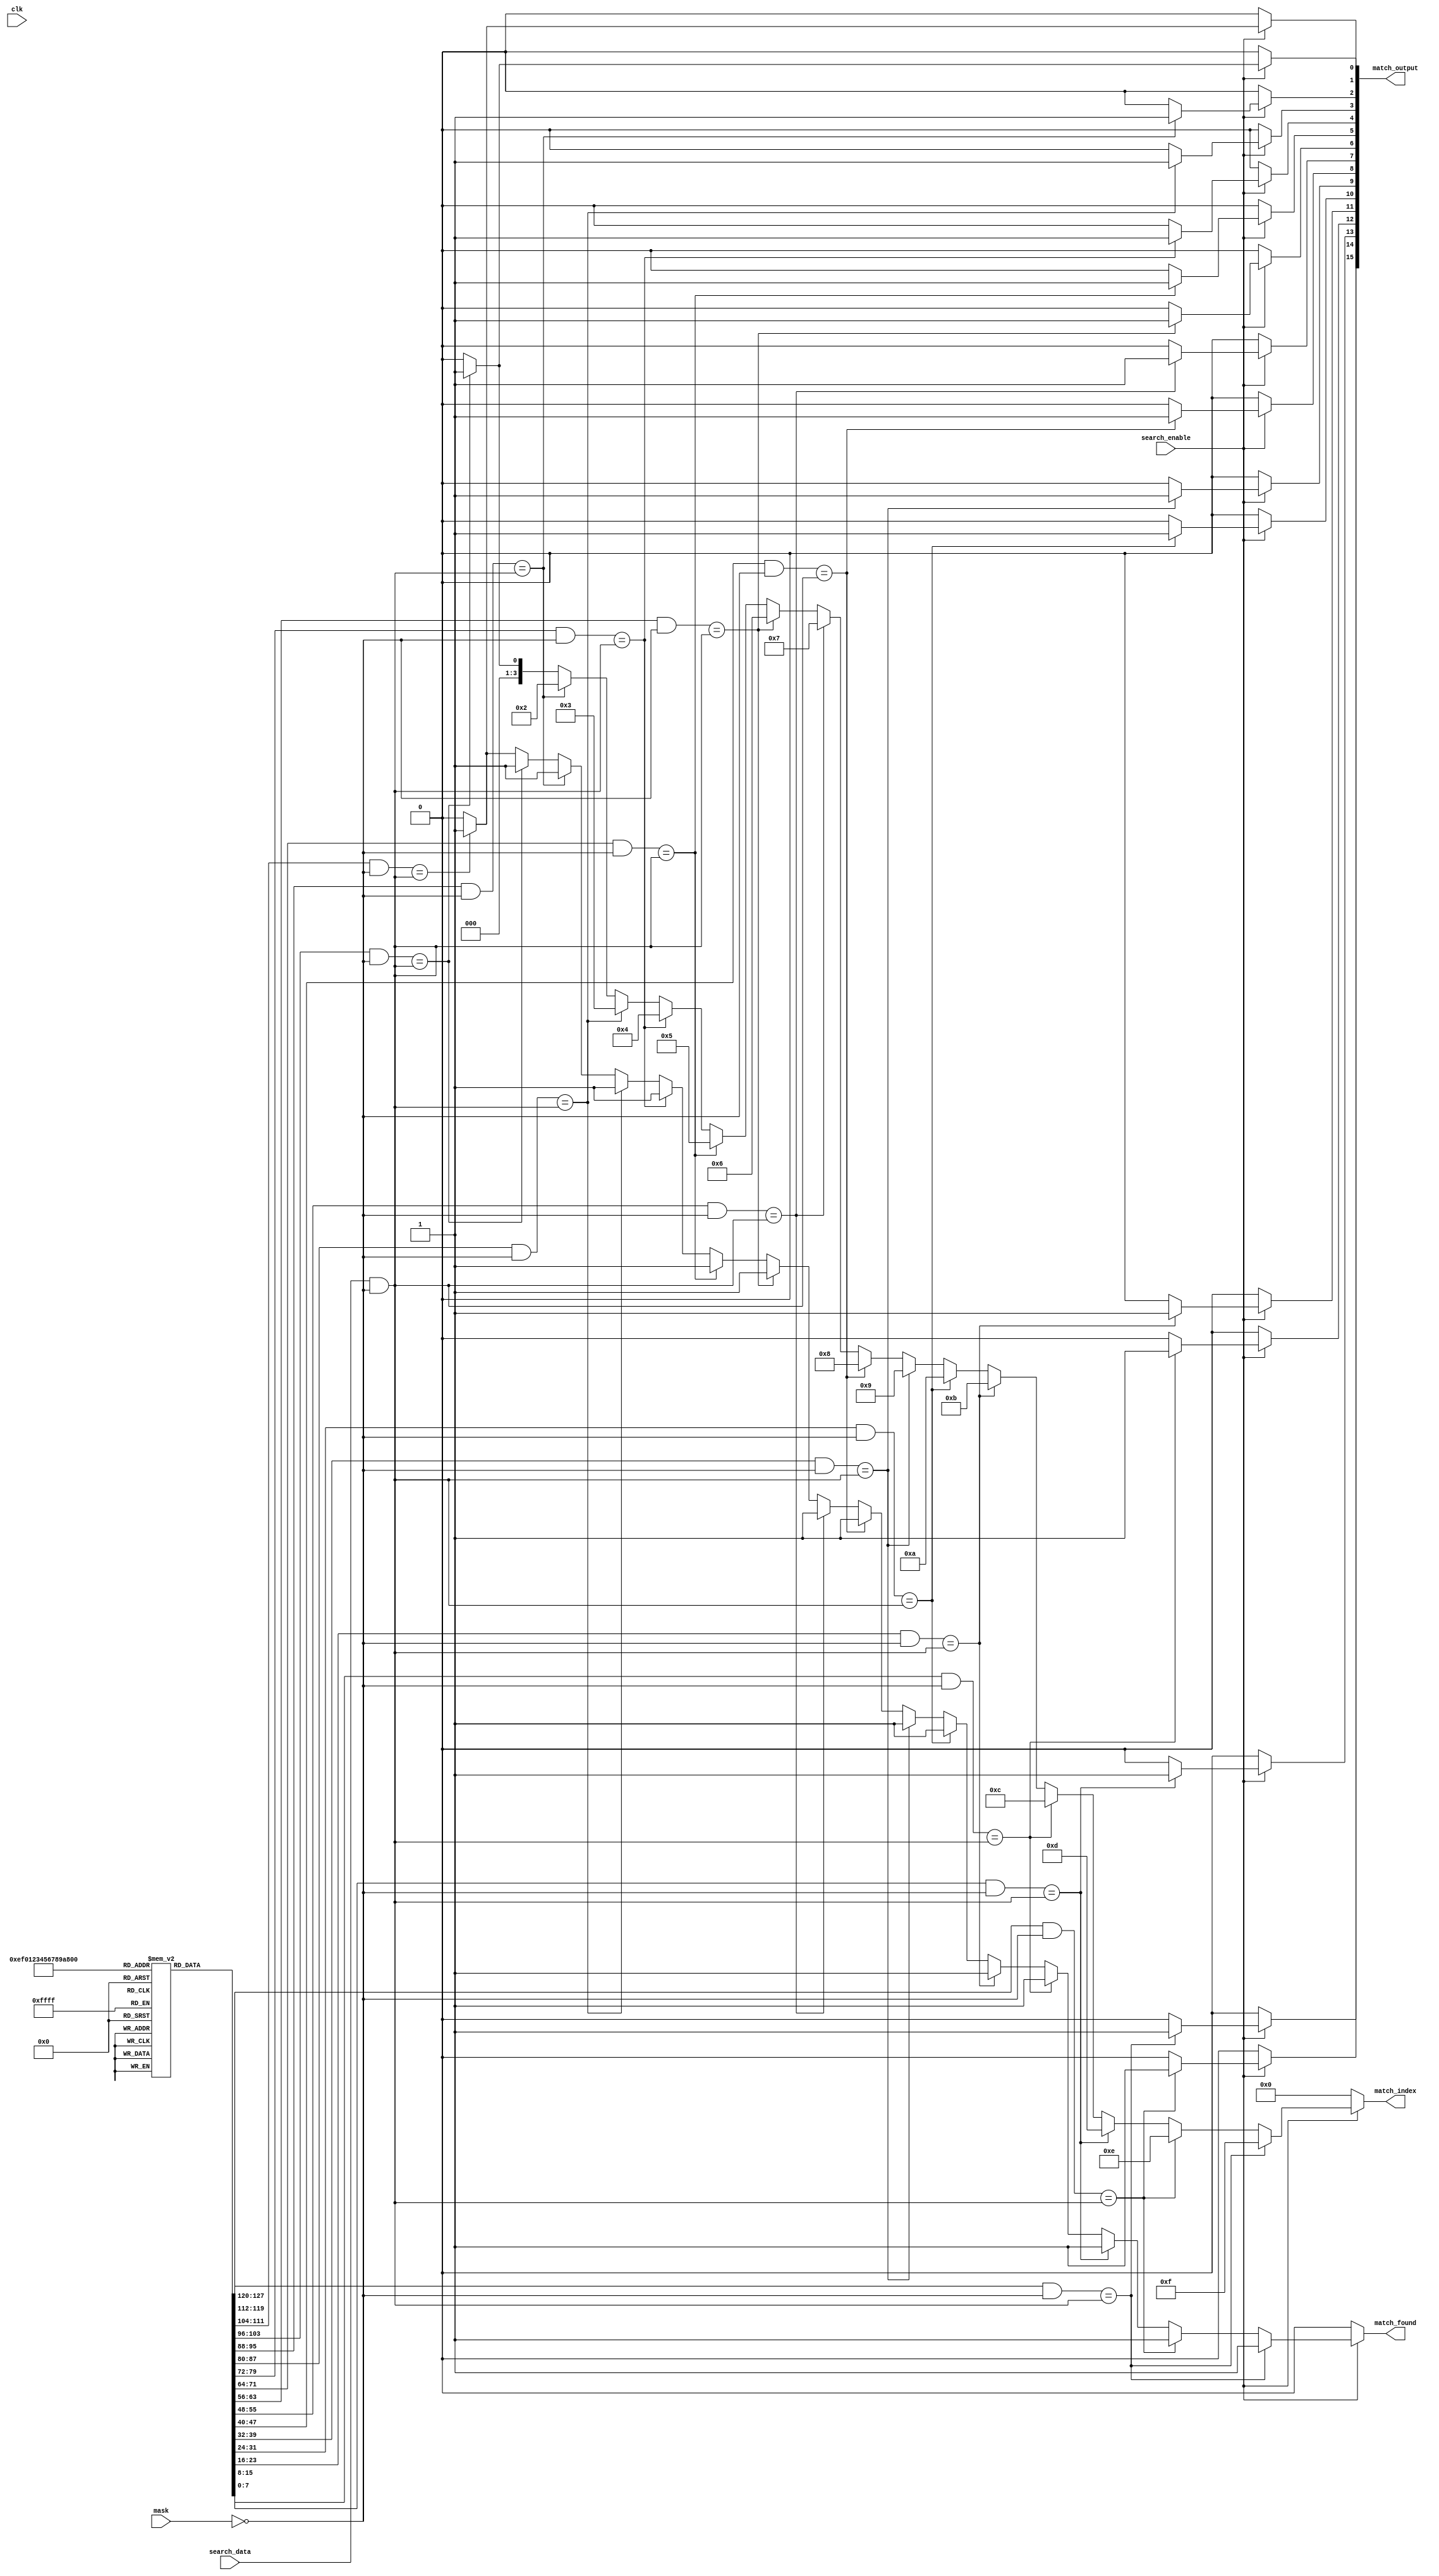
module HybridCAM #(
    parameter DATA_WIDTH = 8,     // Width of data
    parameter NUM_ENTRIES = 16     // Number of entries in CAM
)(
    input wire clk,                // Clock signal (not used for async operation)
    input wire [DATA_WIDTH-1:0] search_data, // Data to search
    input wire [DATA_WIDTH-1:0] mask,          // Mask for ternary search
    input wire search_enable,       // Enable search operation
    output reg [NUM_ENTRIES-1:0] match_output, // Match output
    output reg [3:0] match_index,   // Index of the first match
    output reg match_found          // Match found signal
);

    // Memory array to store the CAM entries
    reg [DATA_WIDTH-1:0] cam_memory [0:NUM_ENTRIES-1];

    integer i;

    // Initialize CAM memory with some values (for simulation purposes)
    initial begin
        cam_memory[0] = 8'b00000001;
        cam_memory[1] = 8'b00000010;
        cam_memory[2] = 8'b00000011;
        cam_memory[3] = 8'b00000100;
        cam_memory[4] = 8'b00000101;
        cam_memory[5] = 8'b00000110;
        cam_memory[6] = 8'b00000111;
        cam_memory[7] = 8'b00001000;
        cam_memory[8] = 8'b00001001;
        cam_memory[9] = 8'b00001010;
        cam_memory[10] = 8'b00001111;
        cam_memory[11] = 8'b00010000;
        cam_memory[12] = 8'b11111111; // Example wildcard entry
        cam_memory[13] = 8'b11111111; // Example wildcard entry
        cam_memory[14] = 8'b11111111; // Example wildcard entry
        cam_memory[15] = 8'b11111111; // Example wildcard entry
    end

    always @* begin
        // Default values
        match_output = 0;
        match_found = 0;
        match_index = 4'b0000;

        if (search_enable) begin
            for (i = 0; i < NUM_ENTRIES; i = i + 1) begin
                // Check for binary match
                if ((cam_memory[i] & ~mask) == (search_data & ~mask)) begin
                    match_output[i] = 1'b1;
                    match_found = 1'b1;
                    match_index = i[3:0]; // Record the index of the first match
                end
            end
        end
    end
endmodule